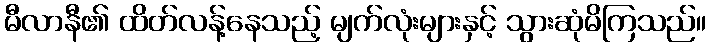
မီလာနီ၏ ထိတ်လန့်နေသည့် မျက်လုံးများနှင့် သွားဆုံမိကြသည်။